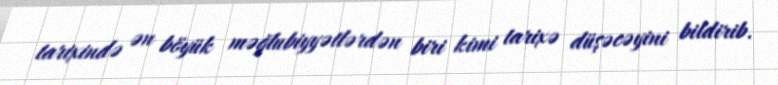
tarixində ən böyük məğlubiyyətlərdən biri kimi tarixə düşəcəyini bildirib.